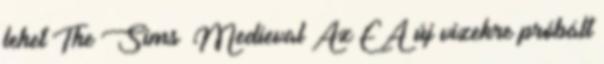
lehet The Sims™ Medieval Az EA új vizekre próbált